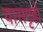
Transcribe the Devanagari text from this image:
वासगृहों